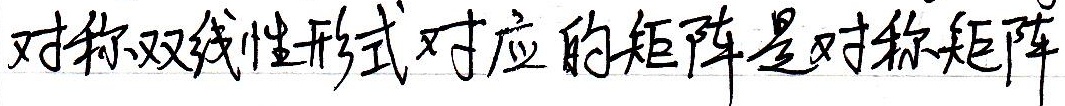
对称双线性形式对应的矩阵是对称矩阵